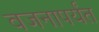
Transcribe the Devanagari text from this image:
वजनापर्यंत